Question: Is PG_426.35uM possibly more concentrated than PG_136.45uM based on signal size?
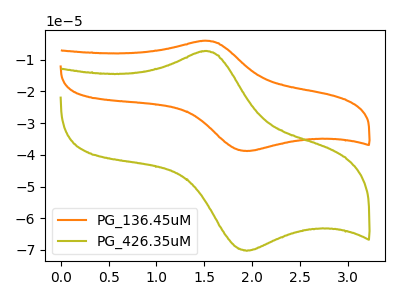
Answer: <think>The orange curve "PG_136.45uM" has an anodic peak at (1.50V, -4.05uA) and a cathodic peak at (1.95V, -38.80uA). The olive curve "PG_426.35uM" has an anodic peak at (1.50V, -7.35uA) and a cathodic peak at (1.95V, -70.25uA).
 All the peaks in "PG_426.35uM" have a peak in "PG_136.45uM" at the same potential.</think>
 <answer>I cant tell if "PG_426.35uM" or "PG_136.45uM" has more signal.</answer>
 <eval>mixed_signal</eval>